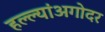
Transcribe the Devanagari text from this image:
हल्ल्यांअगोदर